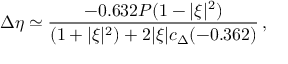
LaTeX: \Delta \eta \simeq { \frac { - 0 . 6 3 2 P ( 1 - | \xi | ^ { 2 } ) } { ( 1 + | \xi | ^ { 2 } ) + 2 | \xi | c _ { \Delta } ( - 0 . 3 6 2 ) } } \, ,